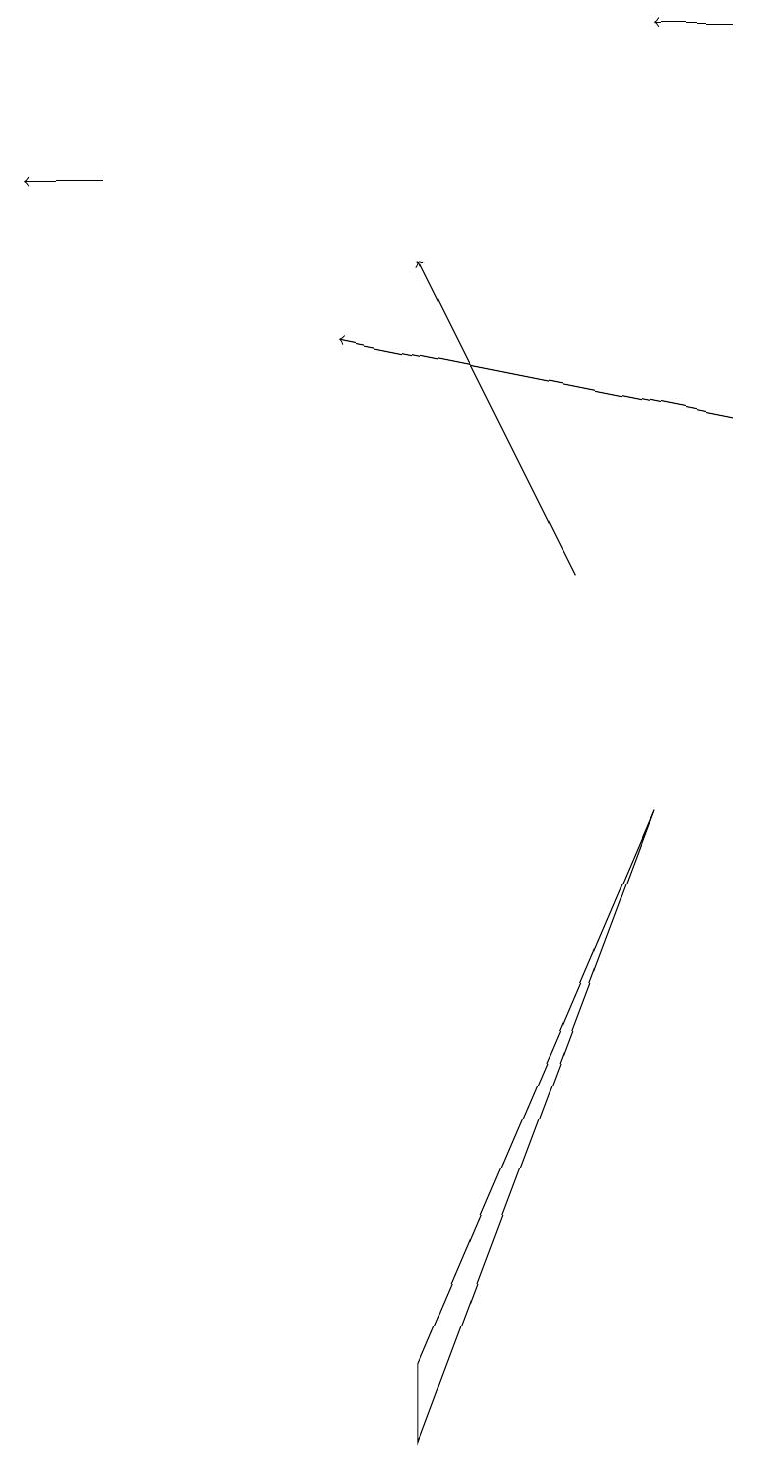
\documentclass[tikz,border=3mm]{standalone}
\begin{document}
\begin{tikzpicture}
\draw[->] (7,12) -- (5,16);
\draw (5,2) -- (5,1) -- (8,9) -- cycle;
\draw[->] (9,19) -- (8,19);
\draw[->] (1,17) -- (0,17);
\draw[->] (9,14) -- (4,15);
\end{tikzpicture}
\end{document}